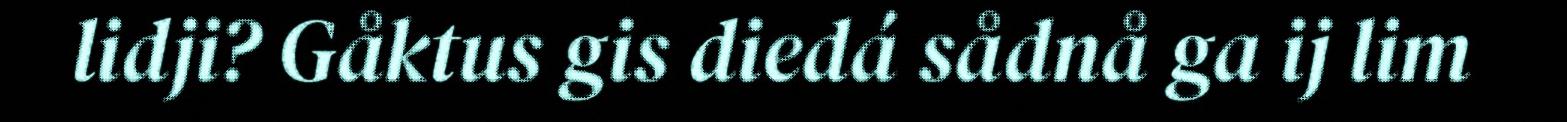
lidji? Gåktus gis diedá sådnå ga ij lim